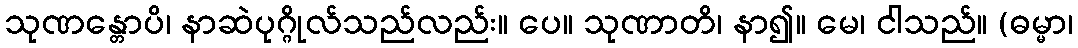
သုဏန္တောပိ၊ နာဆဲပုဂ္ဂိုလ်သည်လည်း။ ပေ။ သုဏာတိ၊ နာ၍။ မေ၊ ငါသည်။ (ဓမ္မာ၊